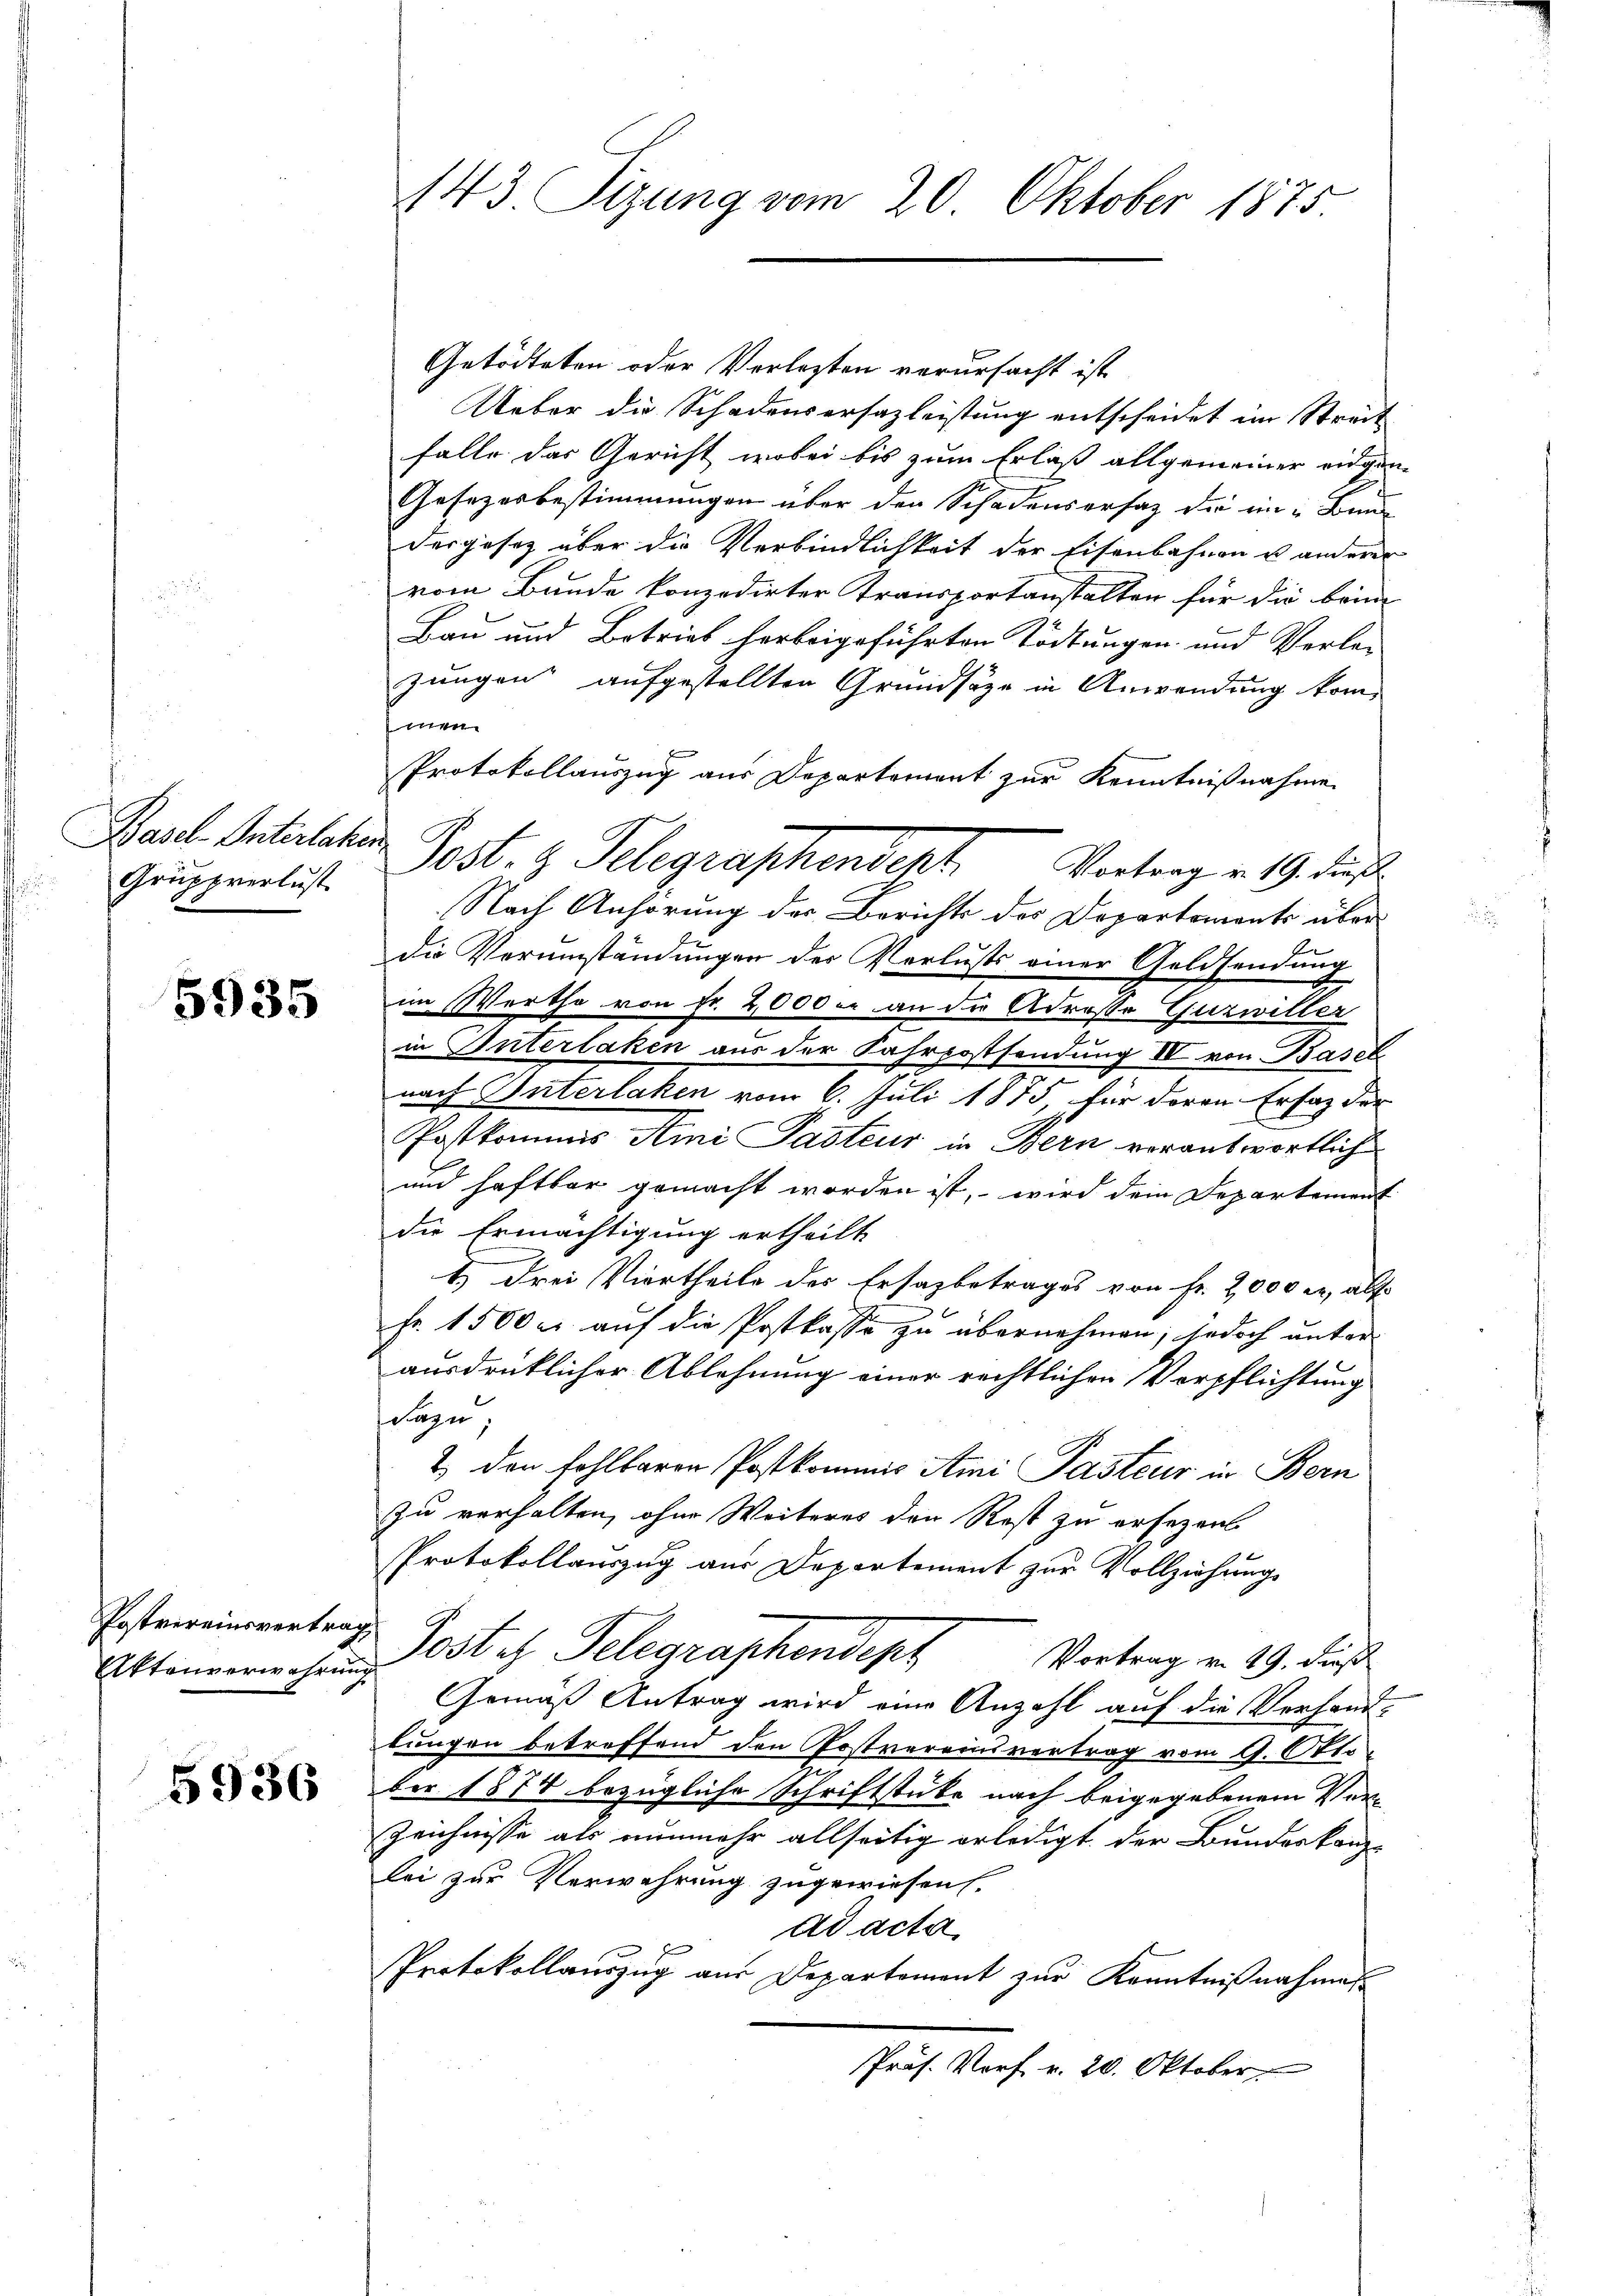
Basel-Interlake
Grupprerlust

5935

Postvereinsvertrag
Aktenverwahren

5936

143 Tizung vom 20. Oktober 1875

Getödteten oder Verlezten verursacht ist
Ueber die Schadensersazleistung entscheidet im Streit
falle das Gericht, wobei bis zum Erlaß allgemeiner eidgen
Gesezesbestimmungen über den Schadensersatz die ein Bunde
dergesez über die Verbindlichkeit der Eisenbahnen u. anderer
vom Bunde konzedirter Transportanstalten für die bein
Bau und Betrieb herbeigeführten Tödtungen und Verlei
zungen aufgestellten Grundsätze in Anwendung komen
Protokollauszug aus Departement zur Kenntnißnahme
Nach Anhörung des Berichts der Departemonts über
die Verumständungen der Verlusts einer Goldsendung
im Werthe von Fr. 2,000. an die Adreste Guzwiller
in Interlaken aus der Fahrpostsendung II von Basel
nach Unterlaken vom 6. Juli 1875, für deren Ersatz der
Postkommis Ami Pasteur in Bern verantwortlich
und haftbar gemacht worden ist, wird dein Departement
die Ermächtigung ertheilt
1.) Drei Viertheile des Ersazbetrages von Fr. 2,000 er, als
Fr. 1500 c. auf die Postkasse zu übernehmen; jedoch unter
ausdrücklicher Ablehnung einer rechtlichen Verpflichtung
dazu
2 den fehlbaren Postkommis Ami Pasteur in Bern
zu verhalten, ohne Weiteres den Rest zu ersezen
Protokollauszug aus Departement zur Vollziehungs
Post es Telegraphendept
Vortrag v. 19. dies
Gemäß Antrag wird eine Anzahl auf die Verhandbungen betreffend den Postvereinsvertrag vom 9. Okto
ber 1874 bezügliche Schriftstube nach beigegebenem Ver¬
Zeichnisse als nunmehr allseitig erledigt der Bundeskanzlei zur Verwahrung zugewiesen.
ad acta
Protokollauszug aus Departement zur Kenntnißnahmes
Präs. Vorf r. 20. Oktober

Post. 9 Telegraphenderte Vertrag v. 19. dies